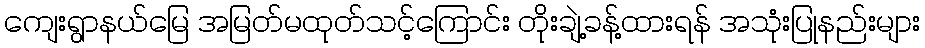
ကျေးရွာနယ်မြေ အမြတ်မထုတ်သင့်ကြောင်း တိုးချဲ့ခန့်ထားရန် အသုံးပြုနည်းများ